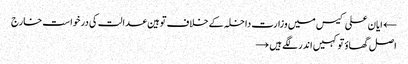
← ایان علی کیس میں وزارت داخلہ کے خلاف توہین عدالت کی درخواست خارج
اصل گھاؤ تو کہیں اندر لگے ہیں →